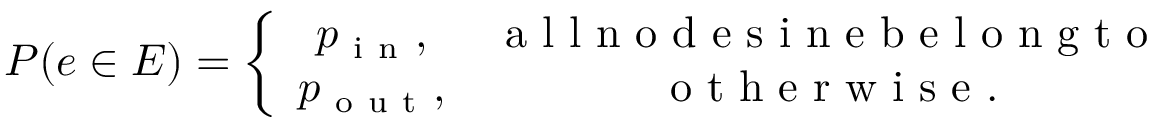
\begin{array} { r } { P ( e \in E ) = \left\{ \begin{array} { c c } { p _ { \mathrm { ~ i ~ n ~ } } , } & { \mathrm { ~ a ~ l ~ l ~ n ~ o ~ d ~ e ~ s ~ i ~ n ~ e ~ b ~ e ~ l ~ o ~ n ~ g ~ t ~ o ~ } } \\ { p _ { \mathrm { ~ o ~ u ~ t ~ } } , } & { \mathrm { ~ o ~ t ~ h ~ e ~ r ~ w ~ i ~ s ~ e ~ } . } \end{array} \right. } \end{array}